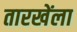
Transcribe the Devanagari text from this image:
तारखेंला